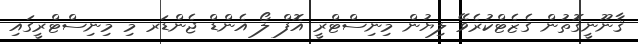
ޤާނޫނީގޮތުން ގެޒެޓްކުރެވޭ ލިޔުން މިނިސްޓްރީ އޮފް ލޯ އެންޑް ޖެންޑަރ މި މިނިސްޓްރީގައި